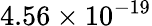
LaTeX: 4.56\times 10^{-19}